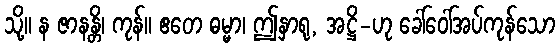
သို့။ န ဇာနန္တိ၊ ကုန်။ ဧတေ ဓမ္မာ၊ ဤနှာရု, အဋ္ဌိ-ဟု ခေါ်ဝေါ်အပ်ကုန်သော